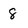
Character: 8